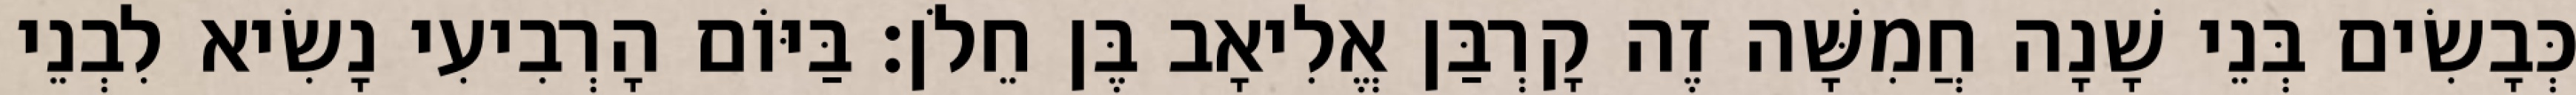
כְּבָשִׂים בְּנֵי שָׁנָה חֲמִשָּׁה זֶה קָרְבַּן אֱלִיאָב בֶּן חֵלֹן׃ בַּיּוֹם הָרְבִיעִי נָשִׂיא לִבְנֵי